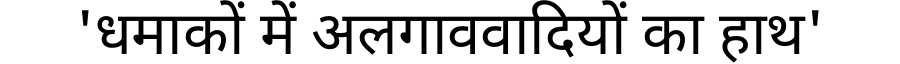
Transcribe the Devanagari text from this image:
'धमाकों में अलगाववादियों का हाथ'